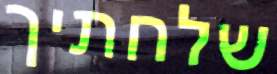
שלחתיך